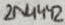
Text: 2N4442